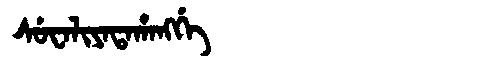
Manchu: ᠰᡠᠸᠠᠯᡳᠶᠠᡨᠠᡥᠠᠩᡤᡝ
Romanization: SUWALIYATAHANGGE